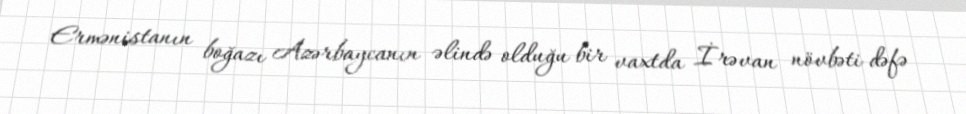
Ermənistanın boğazı Azərbaycanın əlində olduğu bir vaxtda İrəvan növbəti dəfə